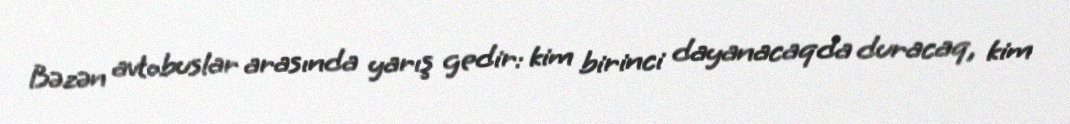
Bəzən avtobuslar arasında yarış gedir: kim birinci dayanacaqda duracaq, kim